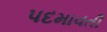
પદમાવતી